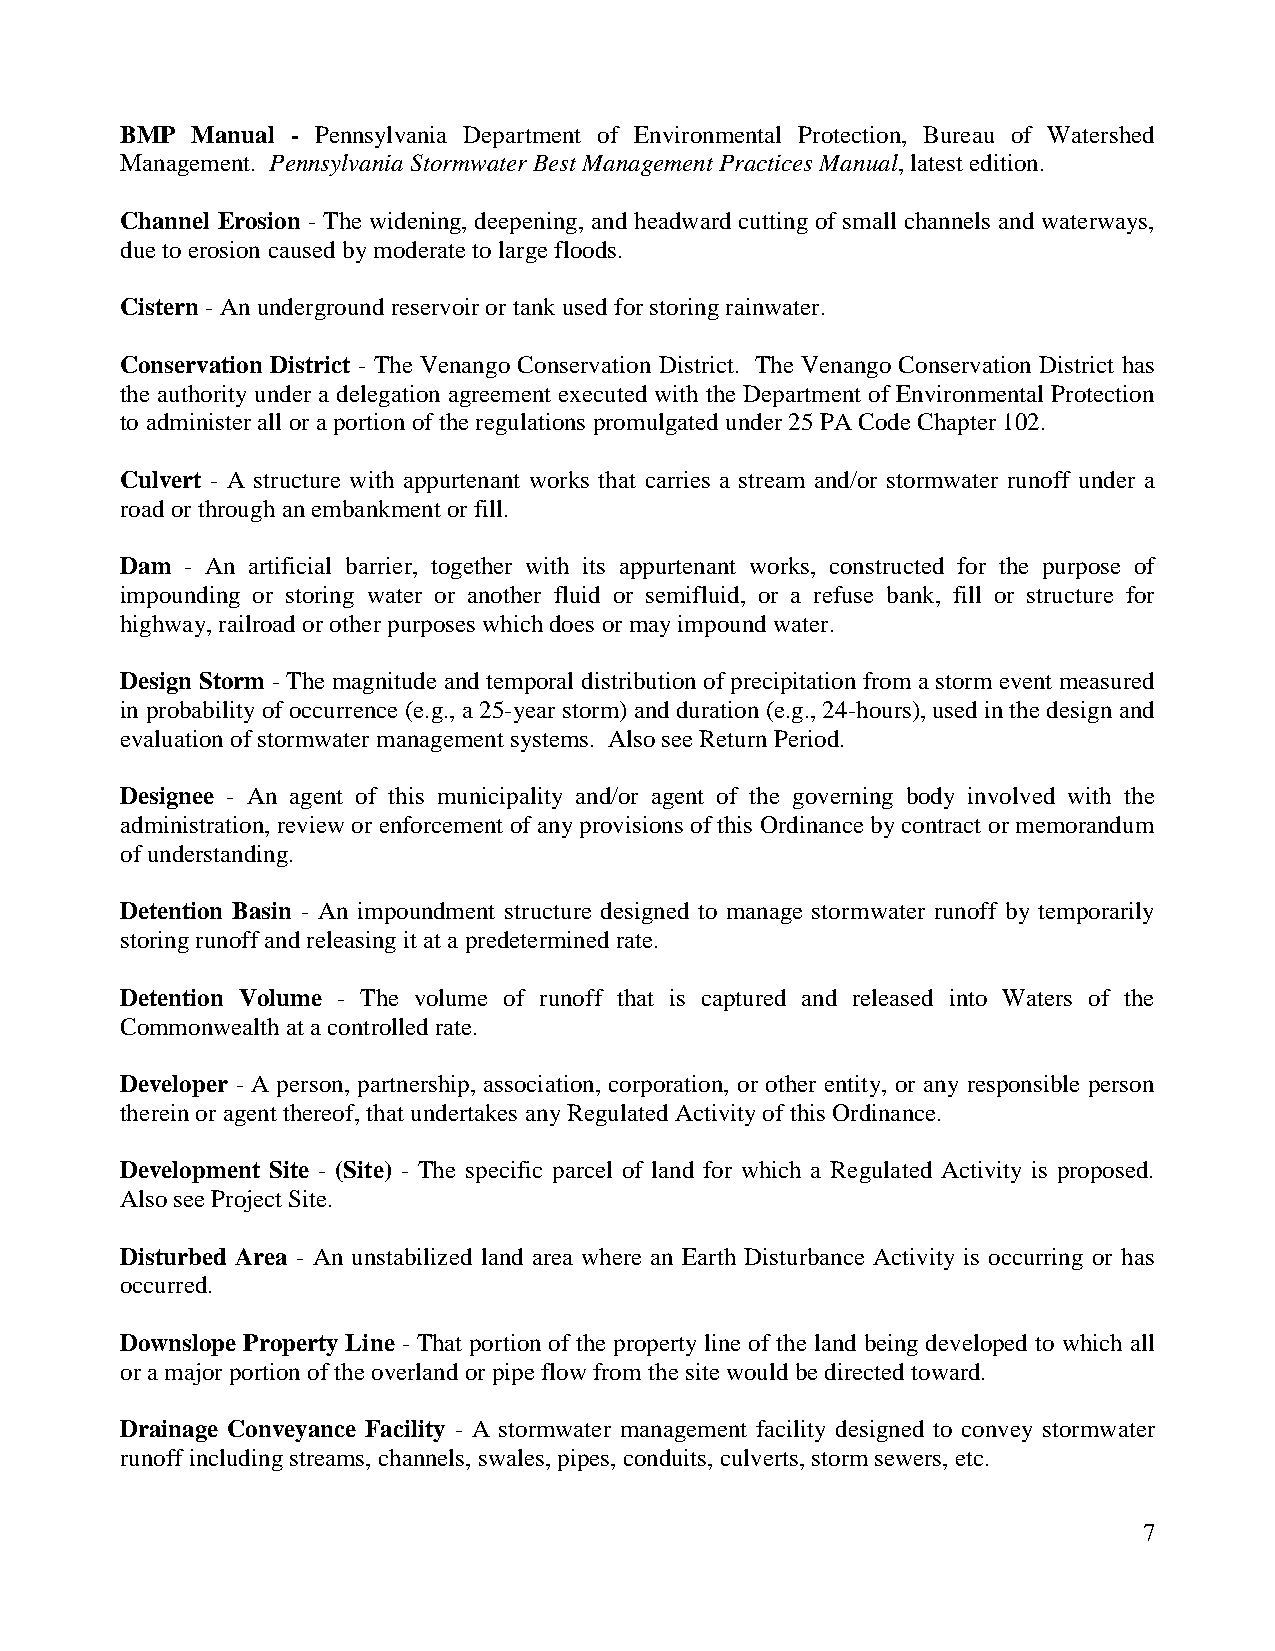
BMP  Manual - Pennsylvania Department of Environmental Protection, Bureau of Watershed
 Management. Pennsylvania Stormwater Best Management Practices Manual, latest edition.
 Channel Erosion - The widening, deepening, and headward cutting of small channels and waterways,
 due to erosion caused by moderate to large floods.
 Cistern - An underground reservoir or tank used for storing rainwater.
 Conservation District - The Venango Conservation District. The Venango Conservation District has
 the authority under a delegation agreement executed with the Department of Environmental Protection
 to administer all or a portion of the regulations promulgated under 25 PA Code Chapter 102.
 Culvert - A structure with appurtenant works that carries a stream and/or stormwater runoff under a
 road or through an embankment or fill.
 Dam - An artificial barrier, together with its appurtenant works, constructed for the purpose of
 impounding or storing water or another fluid or semifluid, or a refuse bank, fill or structure for
 highway, railroad or other purposes which does or may impound water.
 Design Storm - The magnitude and temporal distribution of precipitation from a storm event measured
 in probability of occurrence (e.g., a 25-year storm) and duration (e.g., 24-hours), used in the design and
 evaluation of stormwater management systems. Also see Return Period.
 Designee - An agent of this municipality and/or agent of the governing body involved with the
 administration, review or enforcement of any provisions of this Ordinance by contract or memorandum
 of understanding.
 Detention Basin - An impoundment structure designed to manage stormwater runoff by temporarily
 storing runoff and releasing it at a predetermined rate.
 Detention Volume - The volume of runoff that is captured and released into Waters of the
 Commonwealth at a controlled rate.
 Developer - A person, partnership, association, corporation, or other entity, or any responsible person
 therein or agent thereof, that undertakes any Regulated Activity of this Ordinance.
 Development Site - (Site) - The specific parcel of land for which a Regulated Activity is proposed.
 Also see Project Site.
 Disturbed Area - An unstabilized land area where an Earth Disturbance Activity is occurring or has
 occurred.
 Downslope Property Line - That portion of the property line of the land being developed to which all
 or a major portion of the overland or pipe flow from the site would be directed toward.
 Drainage Conveyance Facility - A stormwater management facility designed to convey stormwater
 runoff including streams, channels, swales, pipes, conduits, culverts, storm sewers, etc.
 7